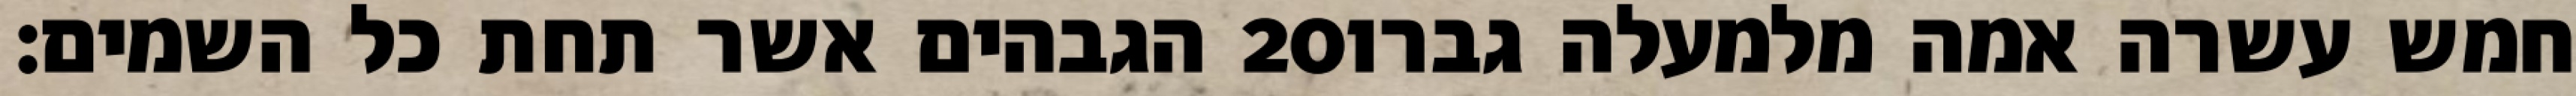
הגבהים אשר תחת כל השמים׃ ‎20‏ חמש עשרה אמה מלמעלה גברו